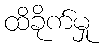
ထိခိုက်မှု